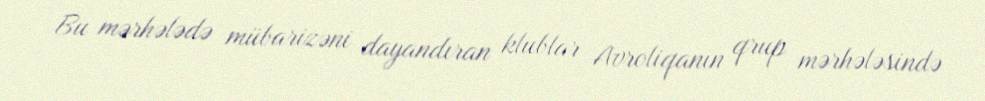
Bu mərhələdə mübarizəni dayandıran klublar Avroliqanın qrup mərhələsində